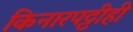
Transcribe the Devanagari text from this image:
किनारपट्टीही